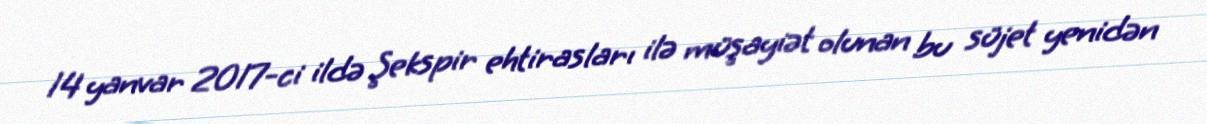
14 yanvar 2017-ci ildə Şekspir ehtirasları ilə müşayiət olunan bu süjet yenidən